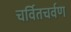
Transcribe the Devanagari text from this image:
चर्वितचर्वण